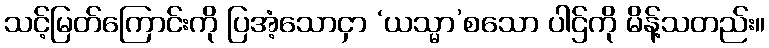
သင့်မြတ်ကြောင်းကို ပြအံ့သောငှာ ‘ယသ္မာ’စသော ပါဌ်ကို မိန့်သတည်း။